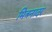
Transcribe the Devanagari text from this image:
मित्रनादर